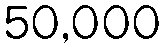
50,000